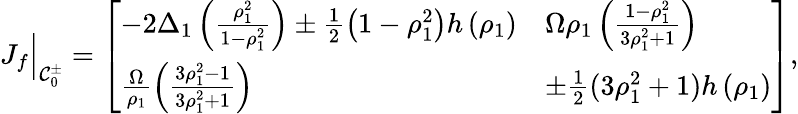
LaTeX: J_{f}\Big\rvert_{\mathcal{C}_{0}^{\pm}}=\left[\begin{array}{ll}{-2\Delta_{1}\left(\frac{\rho_{1}^{2}}{1-\rho_{1}^{2}}\right)\pm\frac{1}{2}\left(1-\rho_{1}^{2}\right)h\left(\rho_{1}\right)}&{\Omega\rho_{1}\left(\frac{1-\rho_{1}^{2}}{3\rho_{1}^{2}+1}\right)}\\ {\frac{\Omega}{\rho_{1}}\left(\frac{3\rho_{1}^{2}-1}{3\rho_{1}^{2}+1}\right)}&{\pm\frac{1}{2}(3\rho_{1}^{2}+1)h\left(\rho_{1}\right)}\end{array}\right],